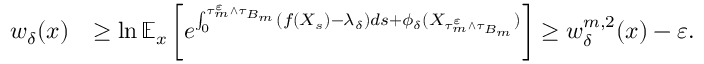
\begin{array} { r l } { w _ { \delta } ( x ) } & { \geq \ln \mathbb { E } _ { x } \left[ e ^ { \int _ { 0 } ^ { \tau _ { m } ^ { \varepsilon } \wedge \tau _ { B _ { m } } } ( f ( X _ { s } ) - \lambda _ { \delta } ) d s + \phi _ { \delta } ( X _ { \tau _ { m } ^ { \varepsilon } \wedge \tau _ { B _ { m } } } ) } \right] \geq w _ { \delta } ^ { m , 2 } ( x ) - \varepsilon . } \end{array}